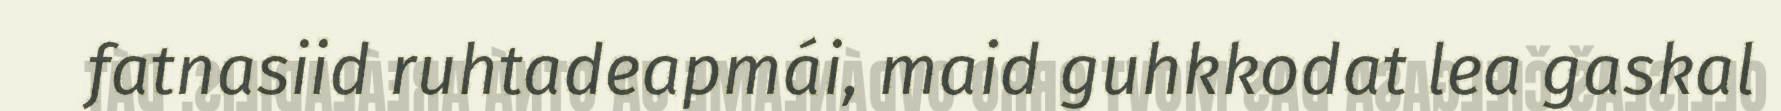
fatnasiid ruhtadeapmái, maid guhkkodat lea gaskal